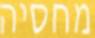
מחסיה